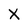
Character: X